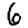
Digit: 6